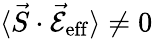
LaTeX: \langle\vec{S}\cdot\mathcal{\vec{E}}_{\mathrm{eff}}\rangle\neq 0